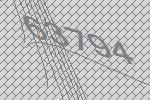
63794